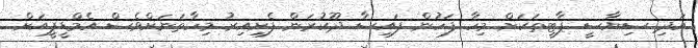
އަދި ސިޔާސީ ޕާޓީތަކަށް މިހާ ފަހުން ފައިސާ ދޫކުރަން ފެށިއިރު މިހާތަނަށްވެސް އެމްޑީޕީއަށް